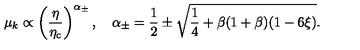
\mu _ { k } \propto \left( \frac { \eta } { \eta _ { \mathrm { c } } } \right) ^ { \alpha { _ { \pm } } } , \quad \alpha _ { \pm } = \frac { 1 } { 2 } \pm \sqrt { \frac { 1 } { 4 } + \beta ( 1 + \beta ) ( 1 - 6 \xi ) } .